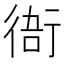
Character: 𧗮